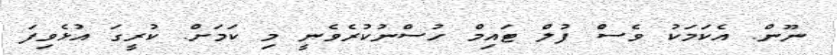
ނޫން. އެކަމަކު ވެސް ފުލް ޓައިމް ހުސްނުކުރެވެނީ މި ކަމަށް. ކުރީގަ އުޅެވިފަ